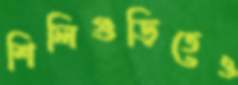
শিলিগুড়িতেও